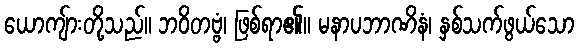
ယောကျ်ားတို့သည်။ ဘဝိတဗ္ဗံ၊ ဖြစ်ရာ၏။ မနာပဘာဏိနံ၊ နှစ်သက်ဖွယ်သော